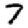
Digit: 7